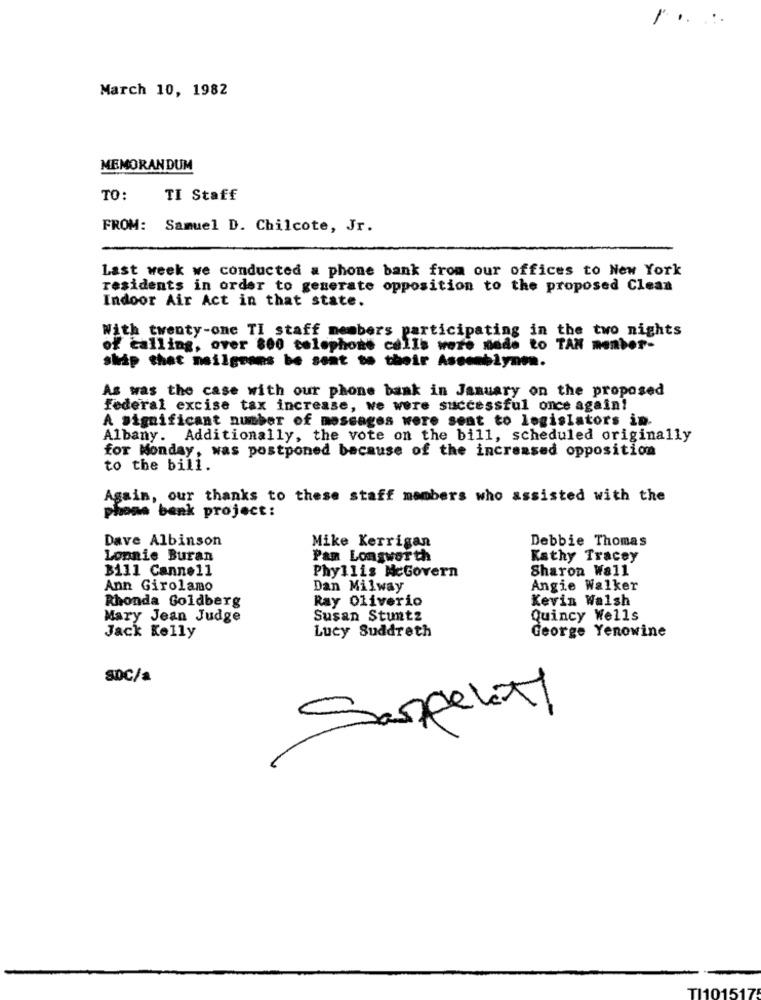
March 10, 1982
MEMORANDUM
TO:
TI Staff
FROM: Samuel D. Chilcote, Jr.
Last week we conducted a phone bank from our offices to New York
residents in order to generate opposition to the proposed Clean
Indoor Air Act in that state.
With twenty-one TI staff members participating in the two nights
of calling, over 800 telephone calls were made to TAN menber-
ship that meilgrans be sent to their Assemblynon.
As was the case with our phone bank in January on the proposed
federal excise tax increase, we were successful once again!
A significant number of messages were sent to legislators in.
Albany. Additionally, the vote on the bill, scheduled originally
for Monday, was postponed because of the increased opposition
to the bill.
Again, our thanks to these staff members who assisted with the
phoom bank project:
Dave Albinson
Debbie Thomas
Mike Kerrigan
Lonnie Buran
Pan Longworth
Kathy Tracey
Bill Cannell
Phyllis McGovern
Sharon Wall
Ann Girolamo
Dan Milway
Angie Walker
Rhonda Goldberg
Ray Oliverio
Kevin Walsh
Mary Jean Judge
Susan Stuntz
Quincy Wells
Lucy Suddreth
George Yenowine
Jack Kelly
SDC/a
Sespelet